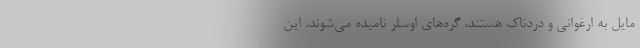
مایل به ارغوانی و دردناک هستند، گره‌های اوسلر نامیده می‌شوند. این